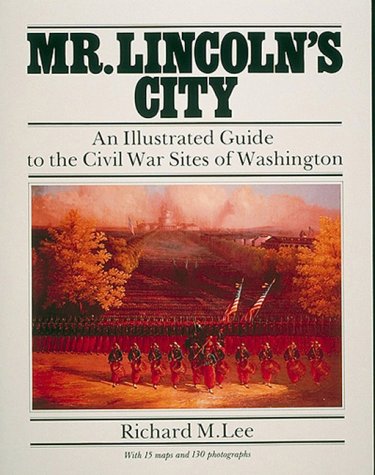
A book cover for Mr. Lincoln's City: An Illustrated Guide to the Civil War Sites of Washington; Richard M. Lee; Travel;